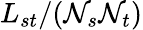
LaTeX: L_{st}/(\mathcal{N}_{s}\mathcal{N}_{t})